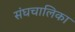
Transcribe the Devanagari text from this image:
संघचालिका